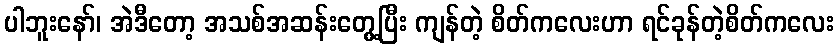
ပါဘူးနော်၊ အဲဒီတော့ အသစ်အဆန်းတွေ့ပြီး ကျန်တဲ့ စိတ်ကလေးဟာ ရင်ခုန်တဲ့စိတ်ကလေး